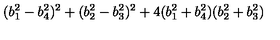
( b _ { 1 } ^ { 2 } - b _ { 4 } ^ { 2 } ) ^ { 2 } + ( b _ { 2 } ^ { 2 } - b _ { 3 } ^ { 2 } ) ^ { 2 } + 4 ( b _ { 1 } ^ { 2 } + b _ { 4 } ^ { 2 } ) ( b _ { 2 } ^ { 2 } + b _ { 3 } ^ { 2 } )